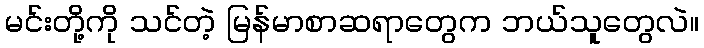
မင်းတို့ကို သင်တဲ့ မြန်မာစာဆရာတွေက ဘယ်သူတွေလဲ။